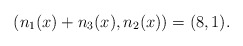
\begin{align*}(n_1(x)+n_3(x),n_2(x))= (8,1).\end{align*}